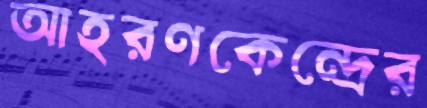
আহরণকেন্দ্রের